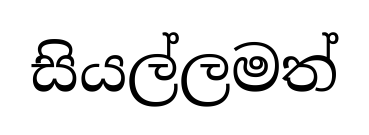
සියල්ලමත්